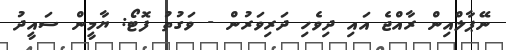
ނޭޕާލްއިން ރާއްޖެ އައި ދިވެހި ދަރިވަރުން - ވަގުތު ފޮޓޯ: ޔާމީން ސައީދު